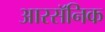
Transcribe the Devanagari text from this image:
आरसॅनिक